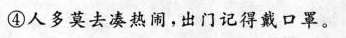
④人多莫去凑热闹，出门记得戴口罩。